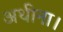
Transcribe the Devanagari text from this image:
अथीना।